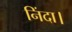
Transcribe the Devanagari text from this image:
निंदा।